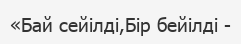
«Бай сейілді,Бір бейілді -